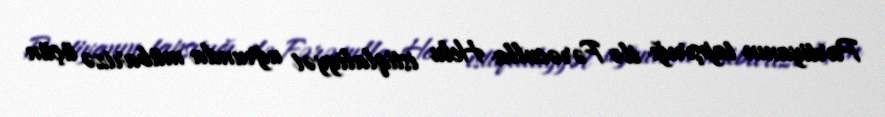
Partiyanın tapşırığı ilə Fərəculla Helu istiqlaliyyət uğrunda mübarizə üçün